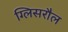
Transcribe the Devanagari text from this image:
ग्लिसरौल